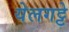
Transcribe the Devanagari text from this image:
येलगट्टे